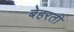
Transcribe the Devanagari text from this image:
बेहरती